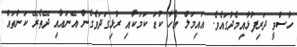
ހާސްވީ ދަރިފުޅާއިމެދުގައެވެ. އައިމަލް އެހާ ކުޑަ ކަމަކާއި ރުޅިގަދަވެގެން އޭނައާއި ދޭތެރޭ ކަންތައް